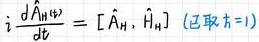
$i \frac{d \hat{A}_{\mathrm{H}}(t)}{d t}=\left[\hat{A}_{\mathrm{H}}, \hat{H}_{\mathrm{H}}\right] \text { (已取 } \hbar=1 \text { ) }$